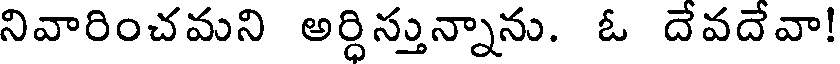
నివారించమని అర్ధిస్తున్నాను. ఓ దేవదేవా!